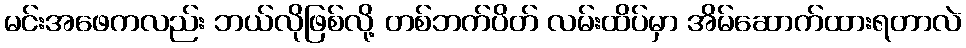
မင်းအဖေကလည်း ဘယ်လိုဖြစ်လို့ တစ်ဘက်ပိတ် လမ်းထိပ်မှာ အိမ်ဆောက်ထားရတာလဲ